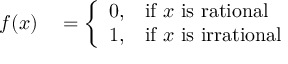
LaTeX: \begin{array} { r l } { f ( x ) } & { { } = { \left\{ \begin{array} { l l } { 0 , } & { { \mathrm { i f ~ } } x { \mathrm { ~ i s ~ r a t i o n a l } } } \\ { 1 , } & { { \mathrm { i f ~ } } x { \mathrm { ~ i s ~ i r r a t i o n a l } } } \end{array} \right. } } \end{array}